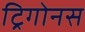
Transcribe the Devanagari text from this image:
ट्रिगोनस